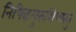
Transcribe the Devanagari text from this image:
निषिद्धगुरुशिष्यस्तु